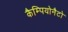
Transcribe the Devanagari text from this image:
कैम्पियोनैटो